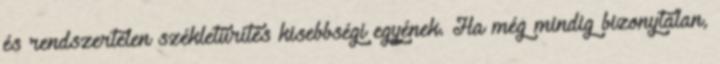
és rendszertelen székletürítés kisebbségi egyének. Ha még mindig bizonytalan,